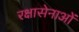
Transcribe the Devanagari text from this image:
रक्षासेनाओं